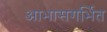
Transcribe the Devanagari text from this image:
आभासगर्भित